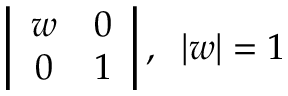
\left| \begin{array} { c c } { { w } } & { { 0 } } \\ { { 0 } } & { { 1 } } \end{array} \right| , \; \; | w | = 1